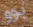
بوو